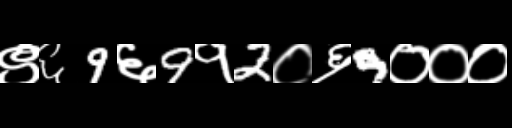
Text: ९६9६9१2०६9०००